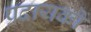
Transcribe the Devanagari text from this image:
प्रदायकों